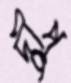
দীপু